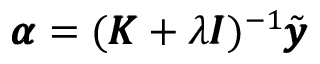
\pmb { \alpha } = ( \pmb { K } + \lambda \pmb { I } ) ^ { - 1 } \tilde { \pmb { y } }